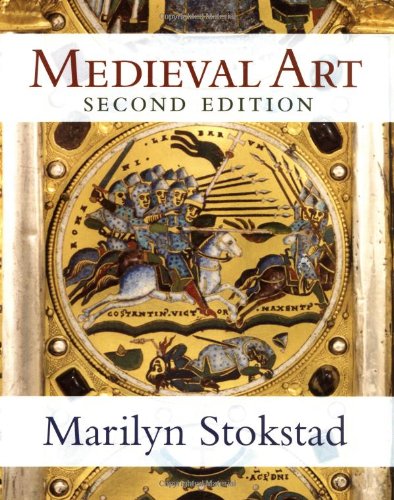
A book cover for Medieval Art; Marilyn Stokstad; Arts & Photography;